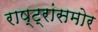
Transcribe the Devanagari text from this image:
राष्ट्रांसमोर